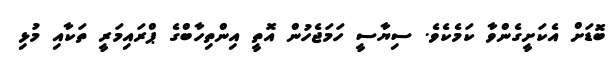
ބޮޑަށް އެކަށީގެންވާ ކަމެކެވެ. ސިޔާސީ ހަމަޖެހުން އޮތީ އިންތިހާބްގެ ޕްރައިމަރީ ތަކާއި މުޅި